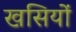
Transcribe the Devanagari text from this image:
खसियों